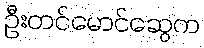
ဦးတင်မောင်ဆွေက